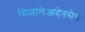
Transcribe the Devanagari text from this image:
मिळालेआहेतसेच